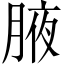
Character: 腋